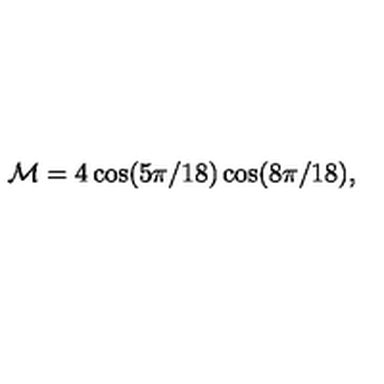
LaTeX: { \cal M } = 4 \cos ( 5 \pi / 1 8 ) \cos ( 8 \pi / 1 8 ) ,